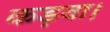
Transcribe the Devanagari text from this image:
कड़वा।